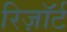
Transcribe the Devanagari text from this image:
रिज़ाॅर्ट